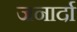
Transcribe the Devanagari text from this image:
जनार्दा